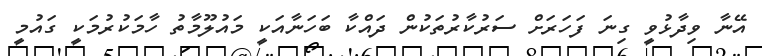
އޭނާ ވިދާޅުވީ ގިނަ ފަހަރަށް ސަރުކާރުތަކުން ދައްކާ ބަހަނާއަކީ މައުލޫމާތު ހާމަކުރުމަކީ ގައުމީ